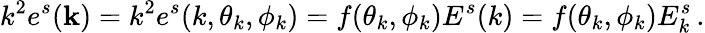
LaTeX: k^{2}e^{s}({\mathbf k})=k^{2}e^{s}(k,\theta_{k},\phi_{k})=f(\theta_{k},\phi_{k})E^{s}(k)=f(\theta_{k},\phi_{k})E_{k}^{s}\, .